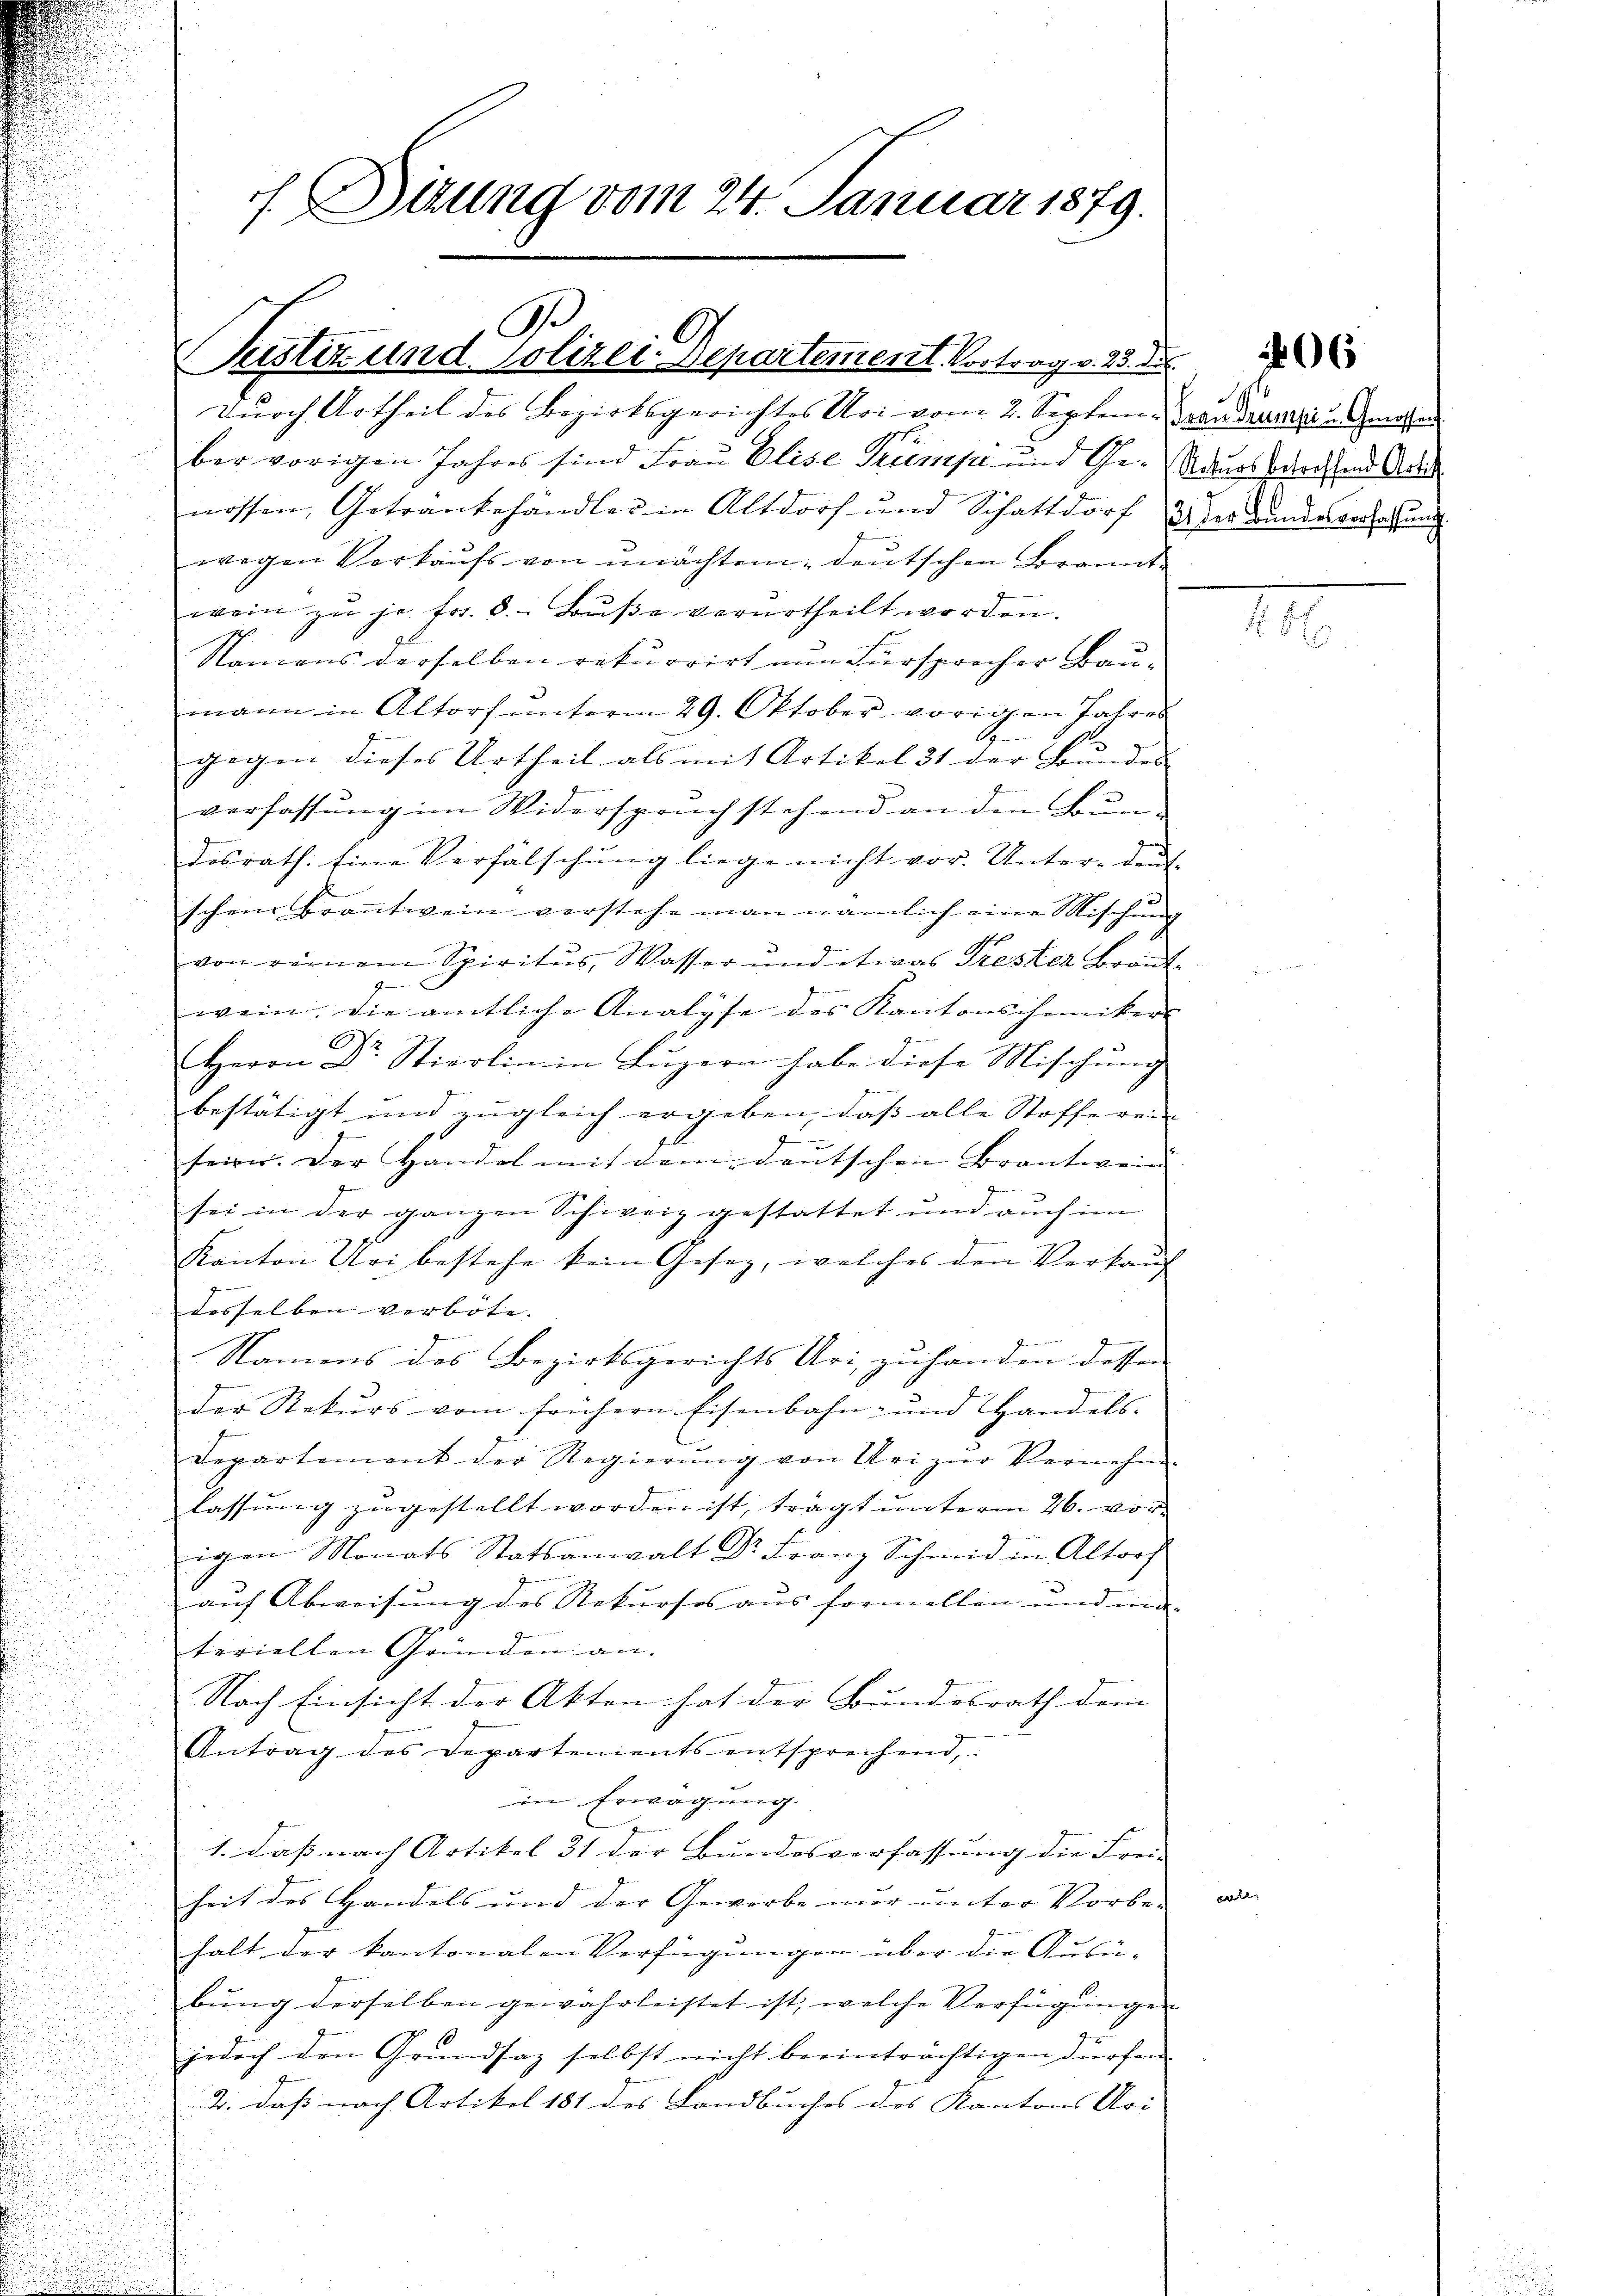
ber vorigen Jahres sind Frau Elise Trumpt und Ge- Neues zweifend Aus
nossen, Getränkehändler in Altdorf und Schattdorf & der Bundesverfassung
wegen Verkaufs von unachtem deutschen Brannt
wein zŭ je fr. 8. Bŭβe verurtheilt worden.
Namens derselben rekurrirt nun Fürsprocher Baumann in Altorf unterm 29. Oktober vorigen Jahres
G
gegen dieses Urtheil als mit Artikel 31 der Bundes |
verfassung im Widerspruch stehend an den Bun-
u
.
5
desrath: Eine Verfälschung liege nicht vor. Unter- deut
d
schein branntwein verstehe man nämlich eine Mischung
von reinem Spiritus, Wasser und etwas Trester Braut-
wein. Die amtliche Analyse des Kantonschemikers
.
1
.
Herrn Dr. Stierlin in Luzern habe diese Mischung
f
bestätigt und zugleich ergeben, daß alle Stoffe rein
.
g
.
seien. Der Handel mit dem deutschen Brantwein.
.

sei in der ganzen Schweiz gestattet und auch im

Kanton Uri bestehe kein Gesez, welches den Verkauf
e
desselben verbote. |
.
n
Namens des Bezirksgerichts Uri, zu handen dessen

der Rekurs vom frühern Eisenbahn- und Handels-
d
u
e

Departement der Regierŭng von Uri zŭr Vernehme

n
lassung zugestellt worden ist, trägt unterm 26. vor
igen Monats Statsanwalt Dr. Franz Schmid in Altorf
50
.
auf Abweisung des Rekurses aus formellen und inde- |
teriellen Gründen an.
n
u
Nach Einsicht der Akten hat der Bundesrath dem
Antrag des Departenients entsprechend,
in Erwägung.
1. dass nach Artikel 31 der Bundesverfassung die Frei-
heit des Handels und der Gewerbe nŭr ŭnter Vorbe-
halt der kantonalen Verfügungen über die Ausü-
bŭng derselben gewahrleistet ist, welche Verfügungen
jedoch den Grundsaz selbst nicht beeinträchtigen dürfen.
2. daß nach Artikel 181 des Landbuches des Kantons Uri |

f Sitzung vom 24. Januar 1879.
A

Justiz und Polizei-Separtement. Vortrag v. 23. d.
Durch Urtheil des Bezirksgerichtes Uri vom 2. Septem von Decarii Genossen

e

188